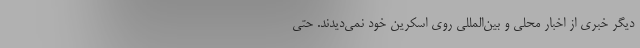
دیگر خبری از اخبار محلی و بین‌المللی روی اسکرین خود نمی‌دیدند. حتی